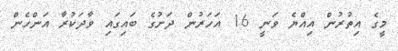
މީގެ އިތުރުން އިއްޔެ ވަނީ 16 އަހަރުން ދަށުގެ ބައިގައި ވާދަކުރާ އަންހެން